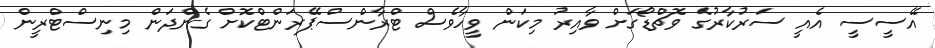
އޭސީސީ އެއީ ސަރުކާރުގެ ވޮޗްޑޯގަށް ވާއިރު މިކަން ވީހާވެސް ޓްރާންސްޕޭރަންޓްކޮށް ގެންދަން މިނިސްޓްރީން